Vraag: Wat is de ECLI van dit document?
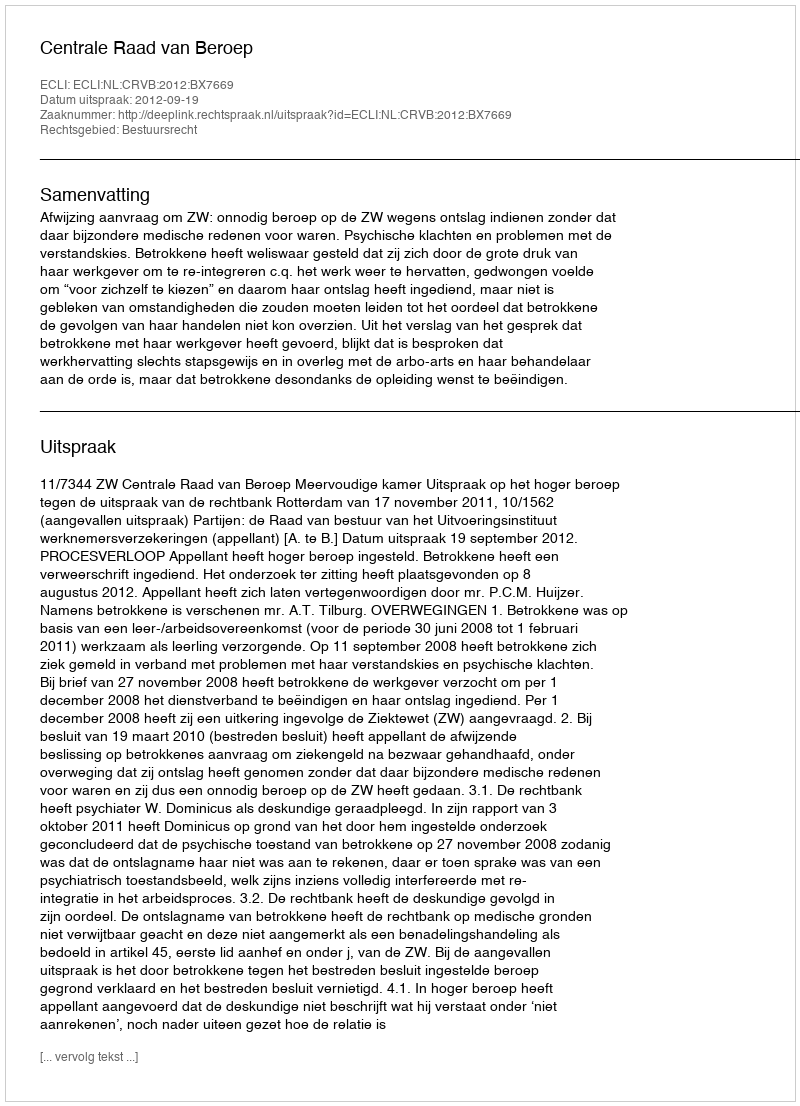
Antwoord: ECLI:NL:CRVB:2012:BX7669